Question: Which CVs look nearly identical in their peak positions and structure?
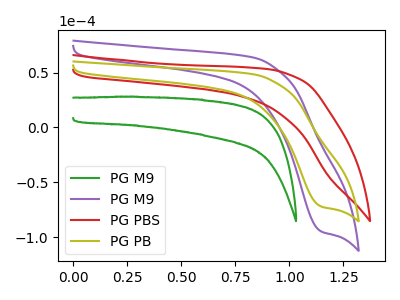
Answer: <think>The green curve "PG M9" has no peaks. The purple curve "PG M9" has a cathodic peak at: (1.15V, -94.70uA). The red curve "PG PBS" has no peaks. The olive curve "PG PB" has a cathodic peak at: (1.15V, -72.00uA).
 "PG M9" and "PG M9" have a different number of peaks. Neither "PG M9" or "PG PBS" have any peaks. "PG M9" and "PG PB" have a different number of peaks. "PG M9" and "PG PBS" have a different number of peaks. All the peaks in "PG M9" have a peak in "PG PB" at the same potential. Every peak in "PG M9" is higher than every peak in "PG PB". "PG PBS" and "PG PB" have a different number of peaks.</think>
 <answer>"PG PB" and "PG M9" have the same shape and are likely CV's of the same chemical.</answer>
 <eval>"PG PB" "PG M9"</eval>